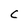
Character: C